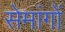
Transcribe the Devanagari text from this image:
सेमांगों